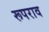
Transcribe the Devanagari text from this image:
रूपराव